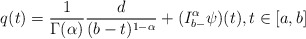
\begin{align*}q(t)= \frac{1}{\Gamma(\alpha)}\frac{d}{(b-t)^{1-\alpha}} + (I^{\alpha}_{b-} \psi )(t) ,t\in [a,b]\end{align*}